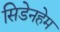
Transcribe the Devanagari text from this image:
सिडेनहेम